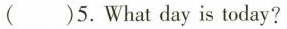
()5.What day is today?